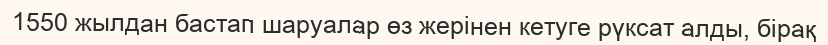
1550 жылдан бастап шаруалар өз жерінен кетуге рүксат алды, бірақ